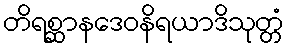
တိရစ္ဆာနဒေဝနိရယာဒိသုတ္တံ